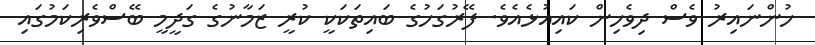
ހުންނައިރު ވެސް ދިވެހިން ކައިއުޅެއެވެ. ފޭރުގަހުގެ ބައިތަކަކީ ކުރީ ޒަމާނުގެ ގަދީމީ ބޭސްވެރިކަމުގައި